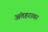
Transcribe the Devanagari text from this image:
अंतहरावर